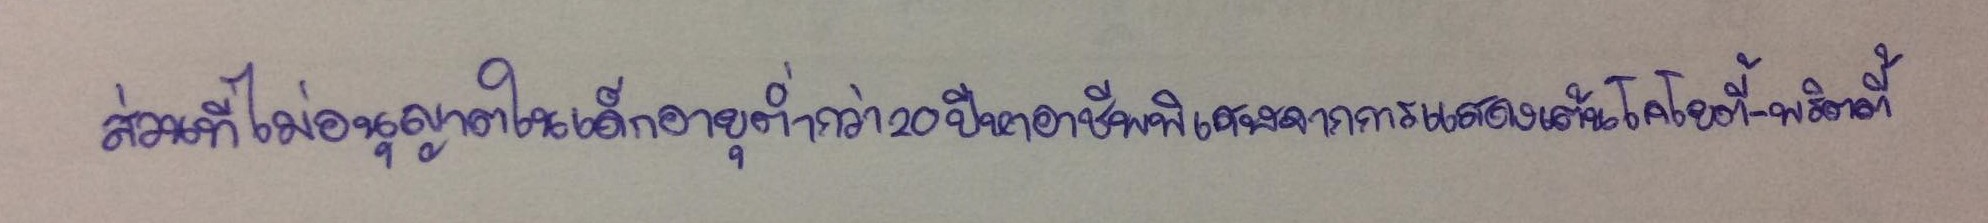
ส่วนที่ไม่อนุญาตให้เด็กอายุต่ำกว่า20ปีหาอาชีพพิเศษจากการแสดงเต้นโคโยตี้-พริตตี้